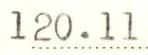
120.11